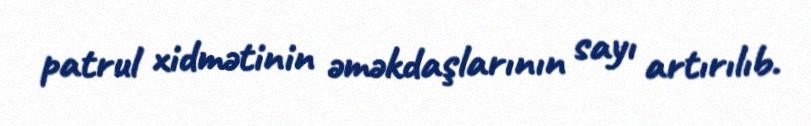
patrul xidmətinin əməkdaşlarının sayı artırılıb.